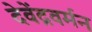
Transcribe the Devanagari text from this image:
देवेंद्रवर्मन